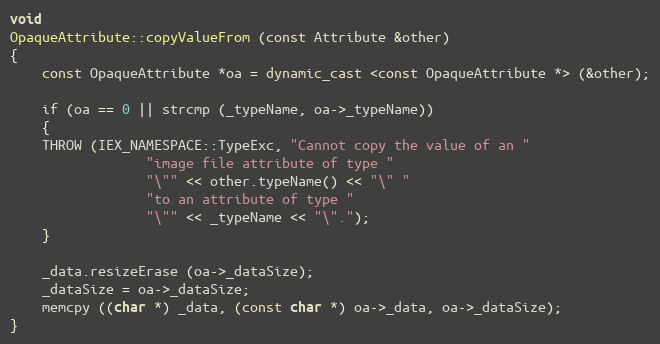
Language: C++
void
OpaqueAttribute::copyValueFrom (const Attribute &other)
{
    const OpaqueAttribute *oa = dynamic_cast <const OpaqueAttribute *> (&other);

    if (oa == 0 || strcmp (_typeName, oa->_typeName))
    {
	THROW (IEX_NAMESPACE::TypeExc, "Cannot copy the value of an "
			     "image file attribute of type "
			     "\"" << other.typeName() << "\" "
			     "to an attribute of type "
			     "\"" << _typeName << "\".");
    }

    _data.resizeErase (oa->_dataSize);
    _dataSize = oa->_dataSize;
    memcpy ((char *) _data, (const char *) oa->_data, oa->_dataSize);
}